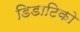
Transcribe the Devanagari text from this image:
डिडाटिको